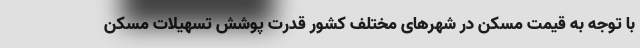
با توجه به قیمت مسکن در شهرهای مختلف کشور قدرت پوشش تسهیلات مسکن